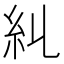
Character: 𥾆